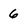
Character: 6